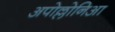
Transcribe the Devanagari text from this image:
अपोल्लोनिआ